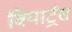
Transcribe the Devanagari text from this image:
वियार्ट्रस